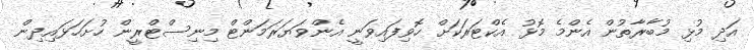
އަދި މުޅި މުބާރާތުން އެންމެ މޮޅު އެކްޓަރަކަށް ހޮވިފައިވަނީ އެންވަޔަރަމަންޓް މިނިސްޓްރީން ހުށަހަޅައިދިން